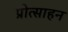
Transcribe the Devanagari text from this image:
प्रोत्साहन